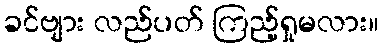
ခင်ဗျား လည်ပတ် ကြည့်ရှုမလား။